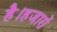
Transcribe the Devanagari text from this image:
है।हजारों